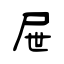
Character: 屉